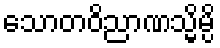
သောတဝိညာဏသ္မိမ္ပိ